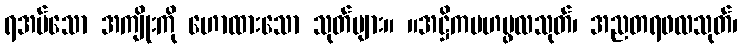
ရအပ်သော အကျိုးကို ဟောထားသော သုတ်များ။ ။အဋ္ဌိကမဟပ္ဖလသုတ်၊ အညတရဖလသုတ်၊